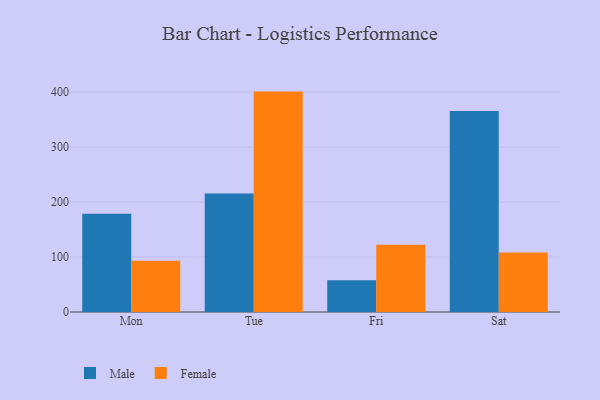
{"axis": {"x": "Day", "y": "Waste Production (Tons)"}, "legend": ["Female", "Male"], "data": [{"x": "Mon", "y": 178.9, "type": "Male"}, {"x": "Mon", "y": 93.1, "type": "Female"}, {"x": "Tue", "y": 215.6, "type": "Male"}, {"x": "Tue", "y": 400.9, "type": "Female"}, {"x": "Fri", "y": 57.8, "type": "Male"}, {"x": "Fri", "y": 122.2, "type": "Female"}, {"x": "Sat", "y": 365.5, "type": "Male"}, {"x": "Sat", "y": 108.2, "type": "Female"}]}